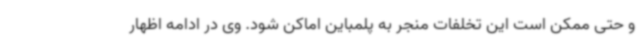
و حتی ممکن است این تخلفات منجر به پلمباین اماکن شود. وی در ادامه اظهار